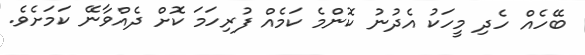
ބޭހެއް ހެދި މީހަކު އެދުނު ކޮންމެ ކަމެއް ފުރިހަމަ ކޮށް ދެއްވާނޭ ކަމަށެވެ.